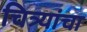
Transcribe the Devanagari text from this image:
चित्र्यांचा